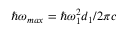
\hbar \omega _ { m a x } = \hbar \omega _ { 1 } ^ { 2 } d _ { 1 } / 2 \pi c